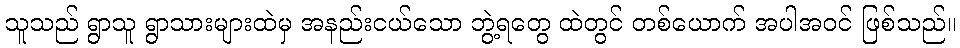
သူသည် ရွာသူ ရွာသားများထဲမှ အနည်းငယ်သော ဘွဲ့ရတွေ ထဲတွင် တစ်ယောက် အပါအဝင် ဖြစ်သည်။